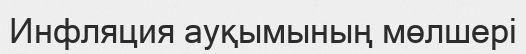
Инфляция ауқымының мөлшері